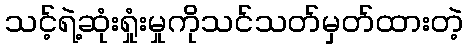
သင့်ရဲ့ဆုံးရှုံးမှုကိုသင်သတ်မှတ်ထားတဲ့